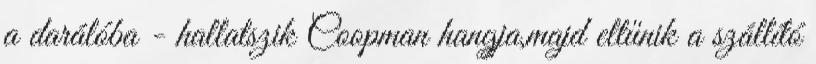
a darálóba - hallatszik Coopman hangja,majd eltűnik a szállító